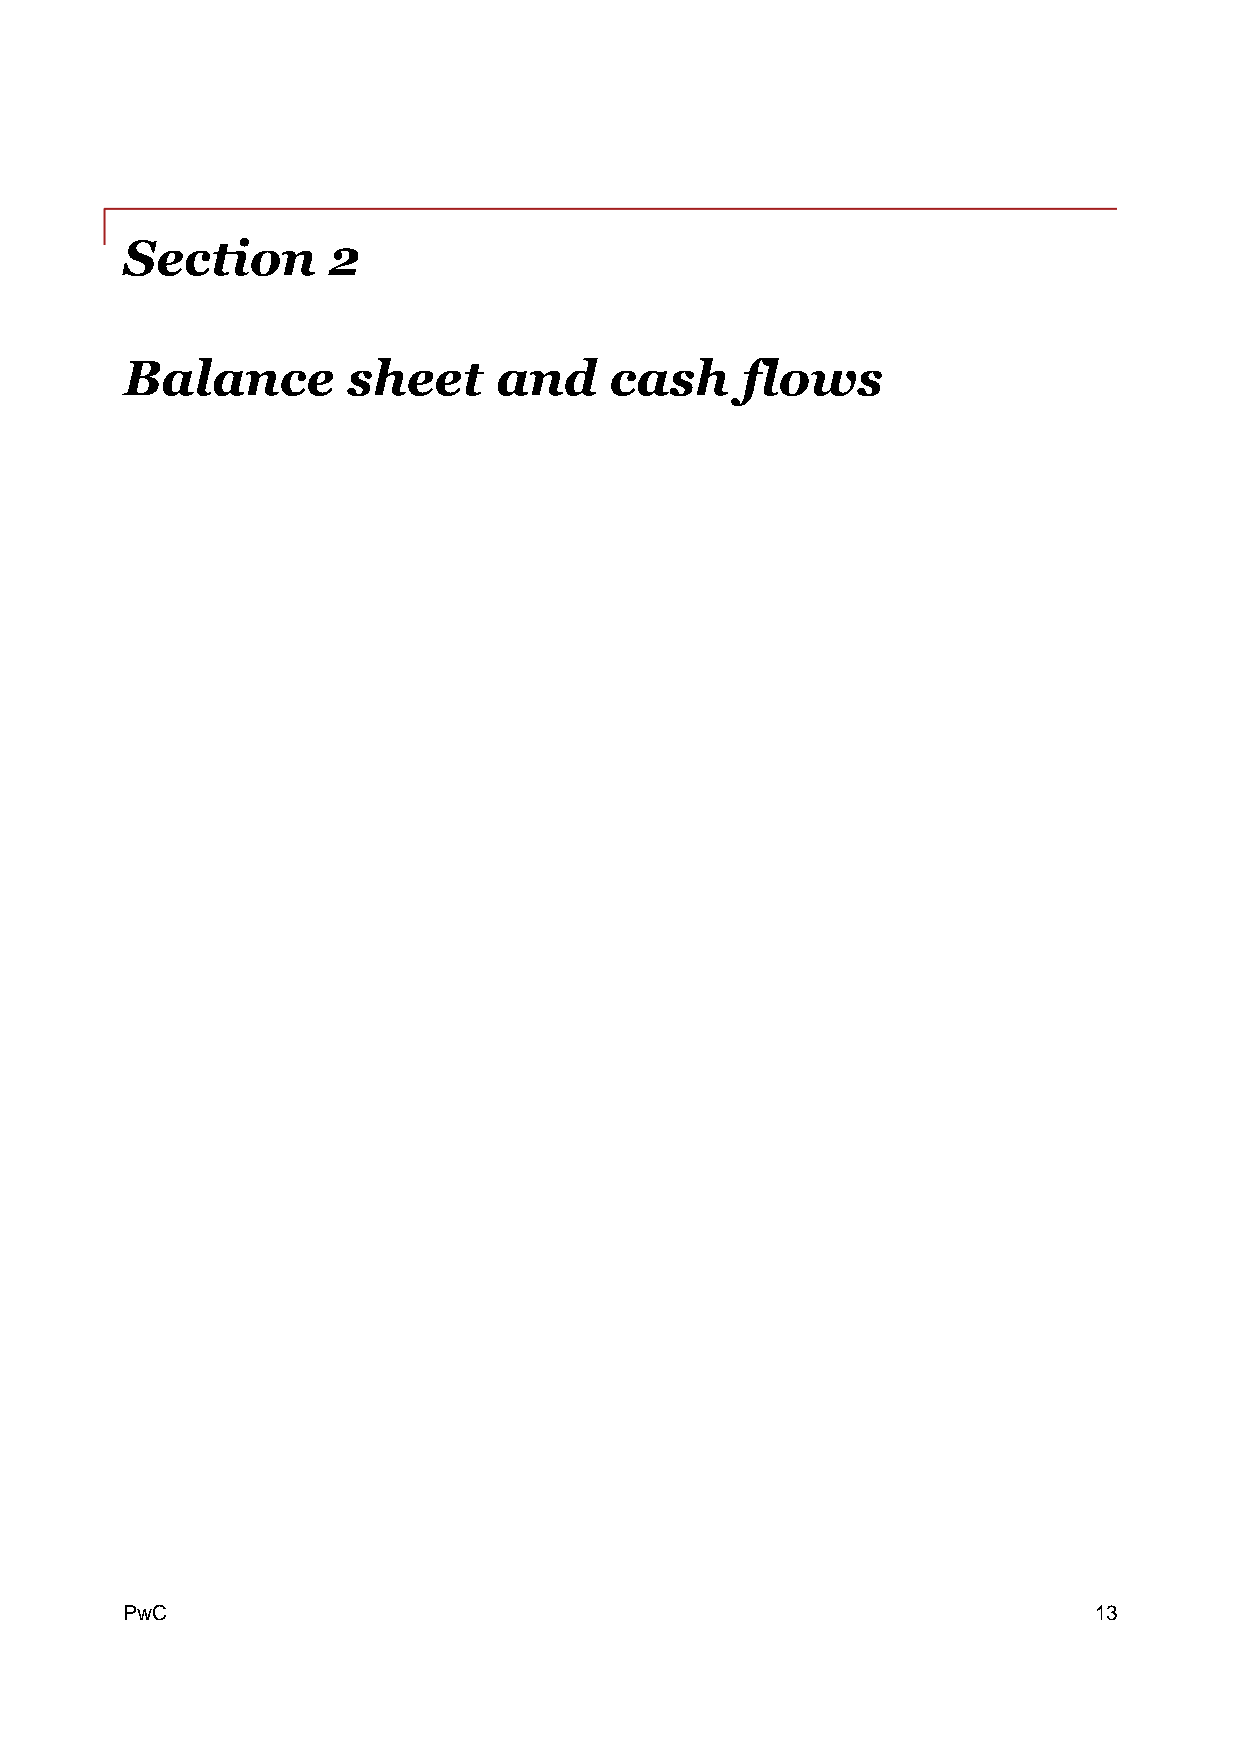
Section       2
 Balance        sheet     and    cash     flows
 PPwwCC                                                          13